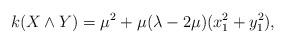
LaTeX: \begin{align*}k(X\wedge Y)=\mu ^2+\mu(\lambda -2\mu)(x_1^2 +y_1^2), \end{align*}